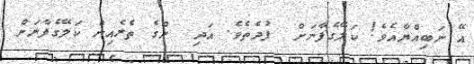
އޭ ނަބިއްޔާއެވެ! ކަލޭގެފާނަށް  ފުދެތެވެ. އަދި  ންގެ ތެރެއިން ކަލޭގެފާނަށް